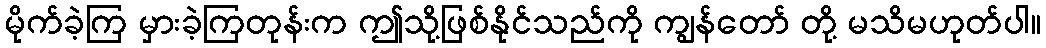
မိုက်ခဲ့ကြ မှားခဲ့ကြတုန်းက ဤသို့ဖြစ်နိုင်သည်ကို ကျွန်တော် တို့ မသိမဟုတ်ပါ။